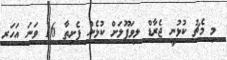
މި މެޗު ކުޅުނީ ޖެރާޑް ލިވަޕޫލަށް ކުޅެން ފެށިތާ 16 ވަނަ އަހަރ